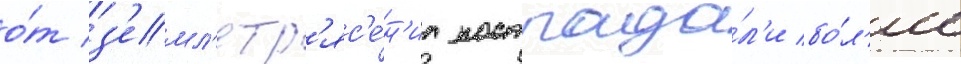
о́т з'емл'етр'яс'е́н'иа пострада́л'и бо́л'ее